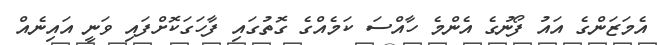
އެމަޒަންގެ އައު ފޯނުގެ އެންމެ ހާއްސަ ކަމެއްގެ ގޮތުގައި ފާހަގަކޮށްފައި ވަނީ އައިނެއް